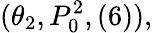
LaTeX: (\theta_{2},P_{0}^{2},(6)),